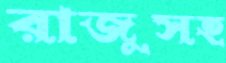
রাজুসহ